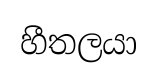
හීතලයා